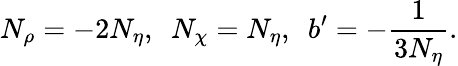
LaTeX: N_{\rho}=-2N_{\eta},\, \, \, N_{\chi}=N_{\eta},\, \, \, b^{\prime}=-\frac{1}{3N_{\eta}}.